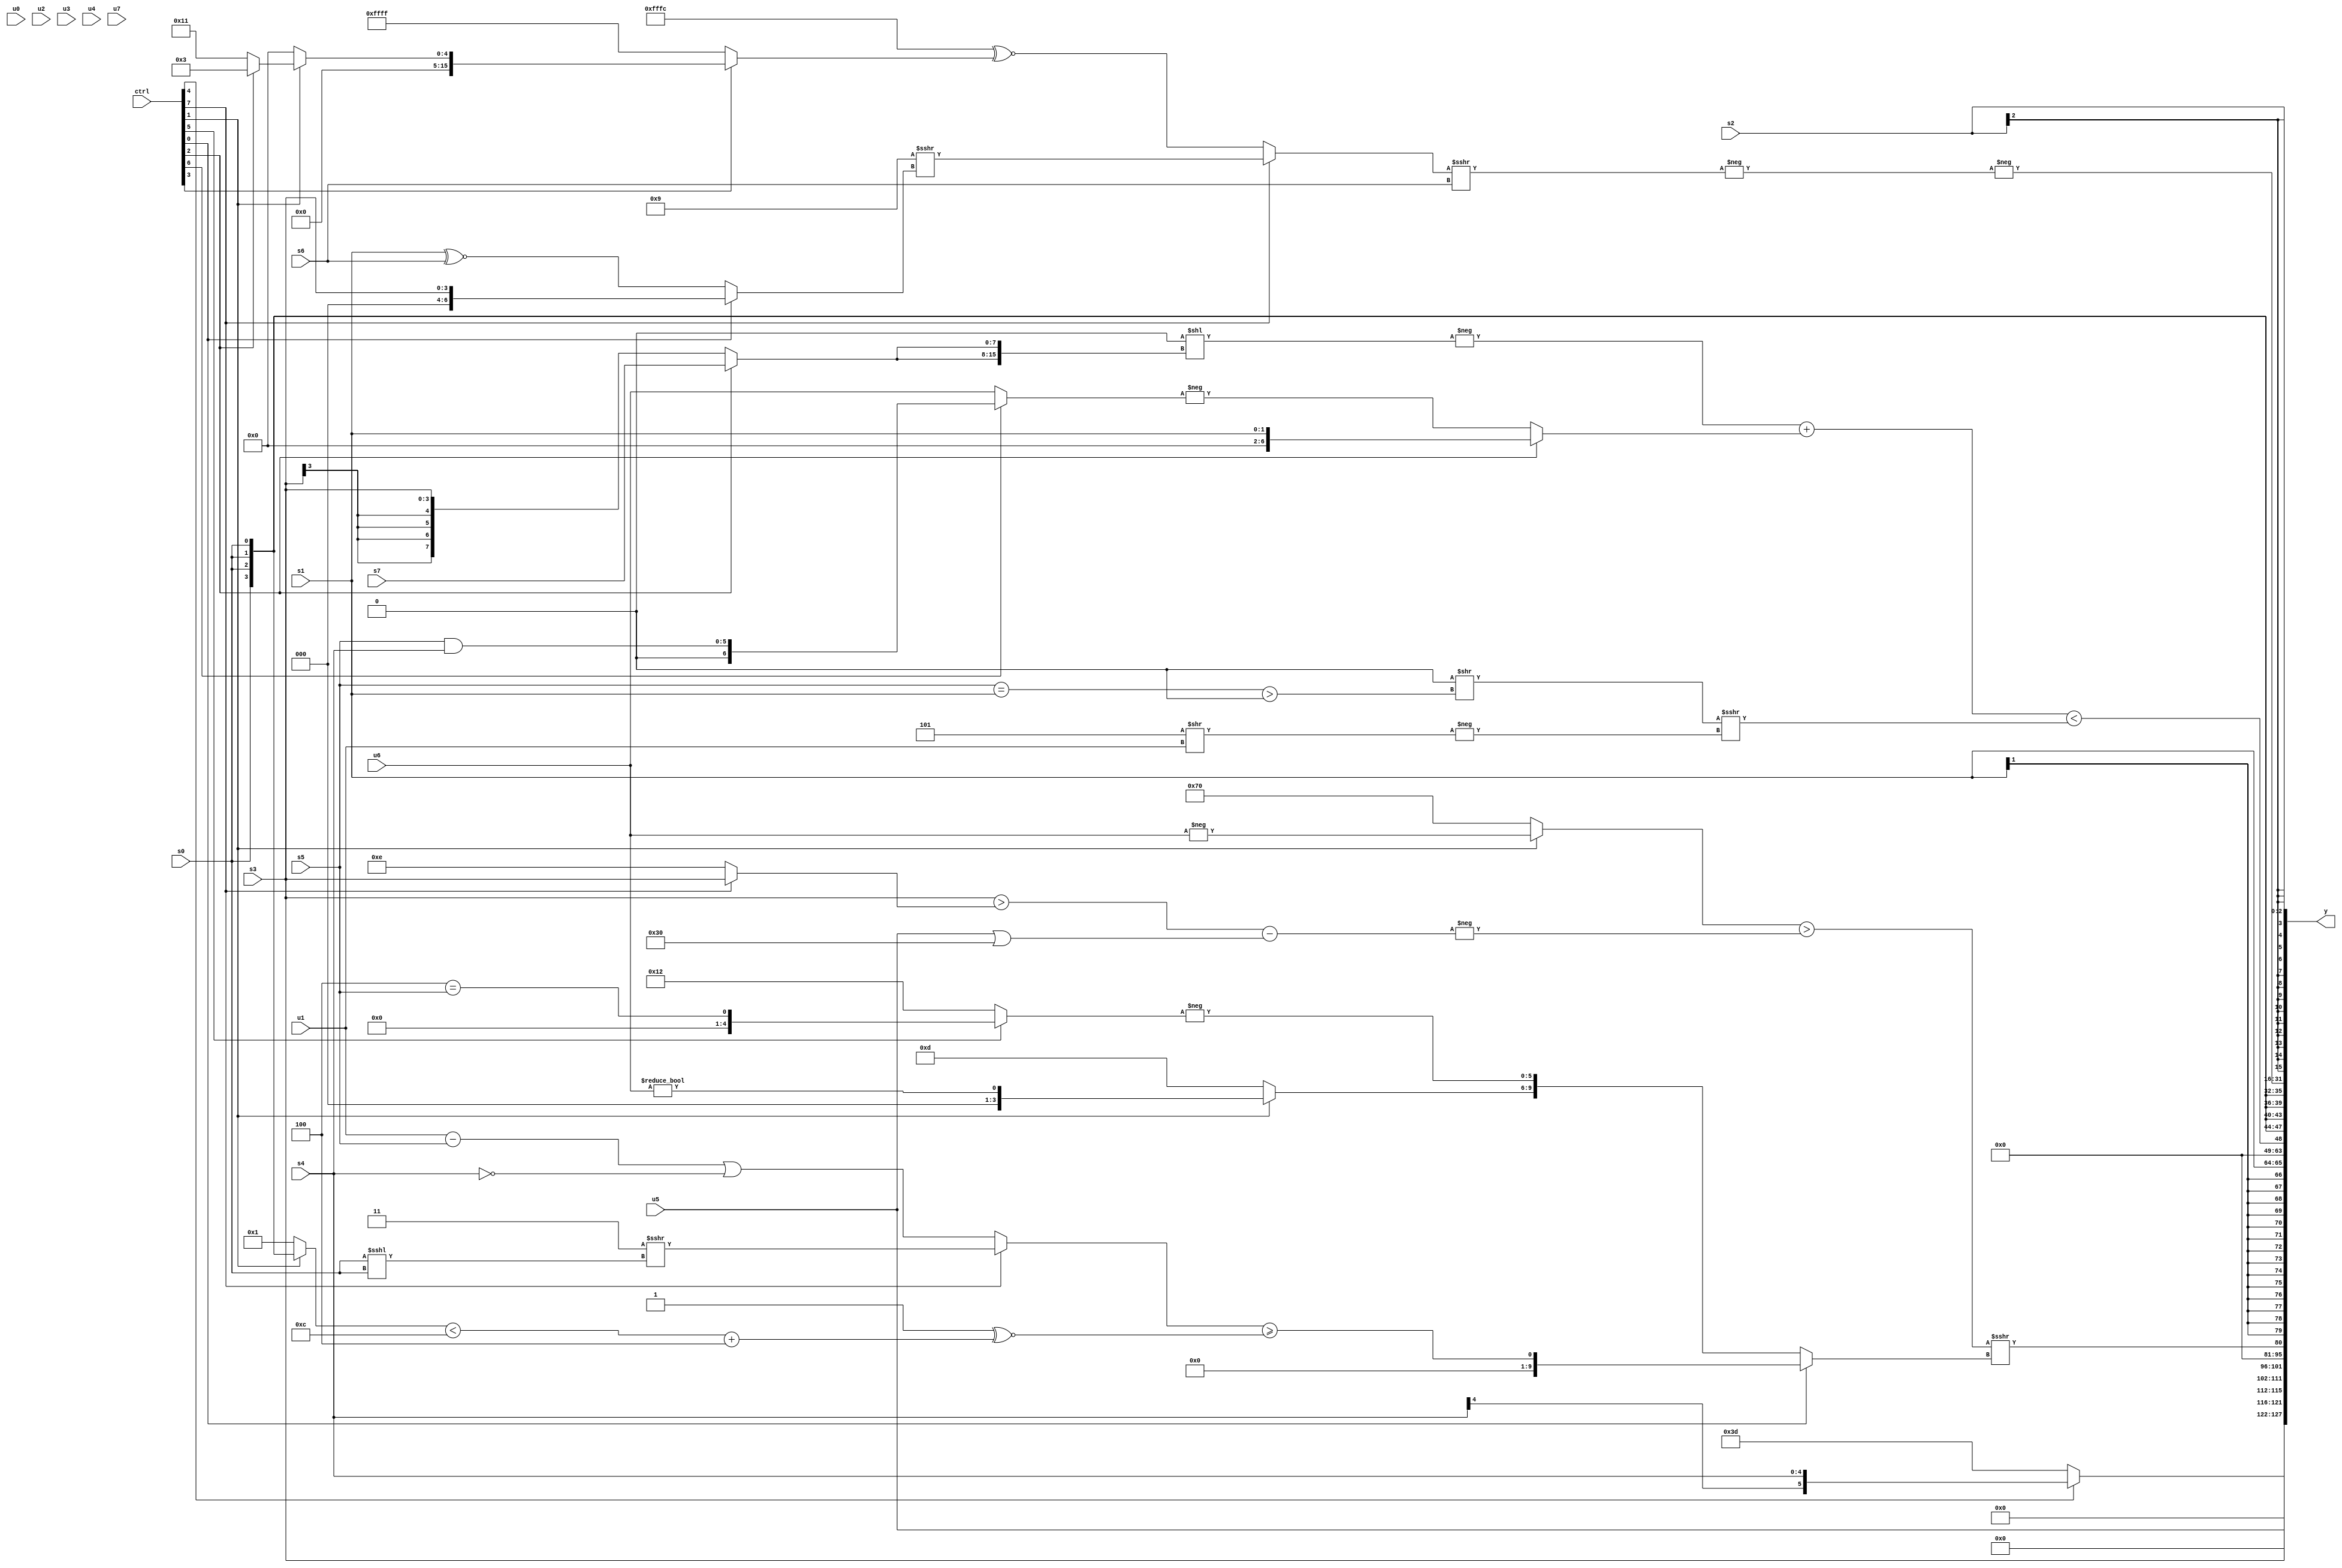
module wideexpr_00415(ctrl, u0, u1, u2, u3, u4, u5, u6, u7, s0, s1, s2, s3, s4, s5, s6, s7, y);
  input [7:0] ctrl;
  input [0:0] u0;
  input [1:0] u1;
  input [2:0] u2;
  input [3:0] u3;
  input [4:0] u4;
  input [5:0] u5;
  input [6:0] u6;
  input [7:0] u7;
  input signed [0:0] s0;
  input signed [1:0] s1;
  input signed [2:0] s2;
  input signed [3:0] s3;
  input signed [4:0] s4;
  input signed [5:0] s5;
  input signed [6:0] s6;
  input signed [7:0] s7;
  output [127:0] y;
  wire [15:0] y0;
  wire [15:0] y1;
  wire [15:0] y2;
  wire [15:0] y3;
  wire [15:0] y4;
  wire [15:0] y5;
  wire [15:0] y6;
  wire [15:0] y7;
  assign y = {y0,y1,y2,y3,y4,y5,y6,y7};
  assign y0 = {(ctrl[4]?s4:+(6'sb111101)),s3};
  assign y1 = u5;
  assign y2 = {1{$signed((($signed($unsigned((ctrl[1]?-($unsigned(u6)):(4'sb0000)^((6'sb001110)^~(3'sb001))))))>(-(((s3)>($signed((ctrl[7]?s3:3'sb110))))-((u5)|((6'sb110000)+((s4)>>>(3'b110)))))))>>>((ctrl[0]?({(ctrl[7]?({1{3'sb011}})>>>((s0)<<<(s0)):((u1)-(s5))|(~(s4)))})>=((1'b1)^~((((ctrl[1]?s0:4'sb0001))<(6'sb001100))+($unsigned({1{3'sb100}})))):{(ctrl[1]?(&((5'sb10110)<<<(3'sb100)))!=(u6):4'b1101),{-((ctrl[5]?(3'sb100)==(s5):6'b010010))}})))}};
  assign y3 = s1;
  assign y4 = ((-((1'sb0)<<({2{(ctrl[2]?s7:s3)}})))+((ctrl[2]?s1:-((ctrl[6]?(s5)&(s4):u6)))))<(((1'sb0)>>(((s5)==(s1))>(~|(4'sb1110))))>>>(-($signed($signed((4'sb1101)>>(u1))))));
  assign y5 = s0;
  assign y6 = -(-(((ctrl[7]?(4'sb1001)>>>((ctrl[0]?$unsigned((ctrl[5]?$signed(s3):s3)):(s1)^~(s6))):(-(5'sb00100))^~(+((ctrl[3]?(ctrl[1]?(ctrl[2]?4'sb0011:5'sb10001):$signed(3'sb000)):-((1'b0)+(1'sb1)))))))>>>(s6)));
  assign y7 = s2;
endmodule